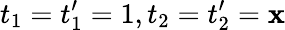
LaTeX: t_{1}=t_{1}^{\prime}=1,t_{2}=t_{2}^{\prime}=\mathbf{x}